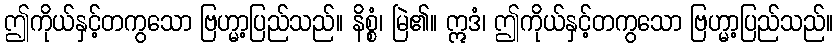
ဤကိုယ်နှင့်တကွသော ဗြဟ္မာ့ပြည်သည်။ နိစ္စံ၊ မြဲ၏။ ဣဒံ၊ ဤကိုယ်နှင့်တကွသော ဗြဟ္မာ့ပြည်သည်။